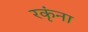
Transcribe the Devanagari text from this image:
रकृंना